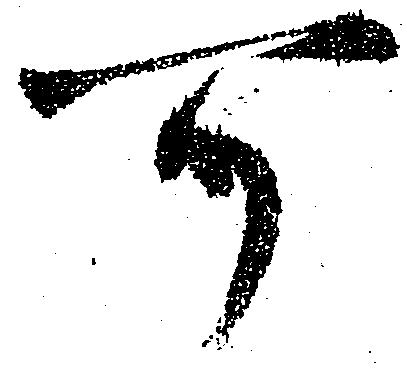
可